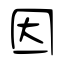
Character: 因